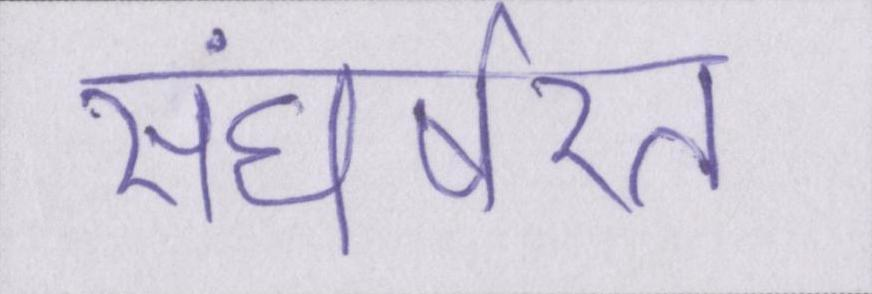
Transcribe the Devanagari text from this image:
संघर्षरत